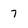
Character: 7